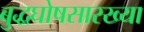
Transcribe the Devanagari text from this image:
बुद्धघोषसारख्या